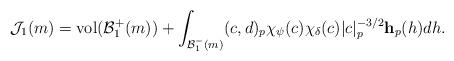
LaTeX: \begin{align*} \mathcal J_1(m) = \mathrm{vol}(\mathcal B_1^+(m)) + \int_{\mathcal B_1^-(m)} (c,d)_p\chi_{\psi}(c) \chi_{\delta}(c)|c|^{-3/2}_p\mathbf h_p(h) dh.\end{align*}